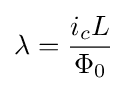
\lambda ={\frac {i_{c}L}{\Phi _{0}}}